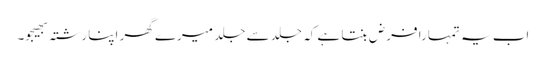
اب یہ تمہارا فرض بنتا ہے کہ جلد سے جلد میرے گھر اپنا رشتہ بھیجو۔